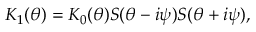
K _ { 1 } ( \theta ) = K _ { 0 } ( \theta ) S ( \theta - i \psi ) S ( \theta + i \psi ) ,